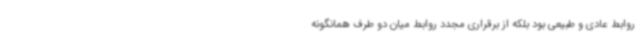
روابط عادی و طبیعی بود بلکه از برقراری مجدد روابط میان دو طرف همانگونه